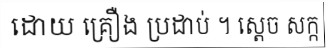
ដោយ គ្រឿង ប្រដាប់ ។ ស្តេច សក្ក